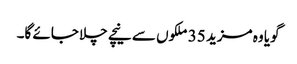
گویا وہ مزید 35 ملکوں سے نیچے چلا جائے گا۔